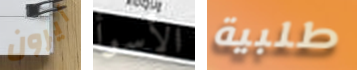
أيرون الأسوأ طلبية